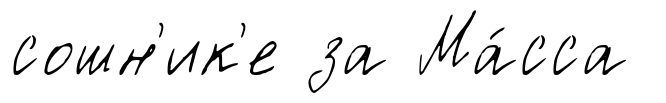
сошн'ик'е за Ма́сса